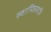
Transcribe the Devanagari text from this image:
स्वामिन्नमामि